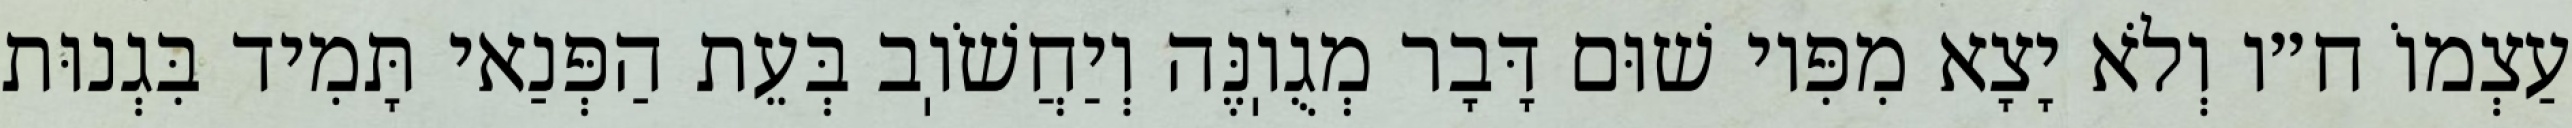
עַצְמוֹ ח״ו וְלֹא יָצָא מִפִּיו שׁוּם דָּבָר מְגֻוֽנֶּה וְיַחֲשֹׁוֽב בְּעֵת הַפְּנַאי תָּמִיד בִּגְנוּת